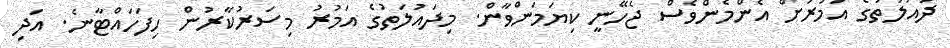
ދައުލަތުގެ އަމުރަށް އެންމެންވެސް ޖެހޭނީ ކިޔަމަންވާން. މިދައުލަތުގެ އަމުރު މިސަރުކާރުން ހިފަހައްޓާނެ. އަދި